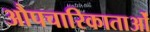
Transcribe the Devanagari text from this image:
औपचारिकाताओं